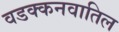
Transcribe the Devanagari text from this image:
वडक्कनवातिल